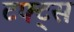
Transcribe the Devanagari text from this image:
टफ्ट्‌स